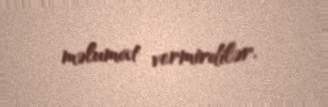
məlumat vermirdilər.